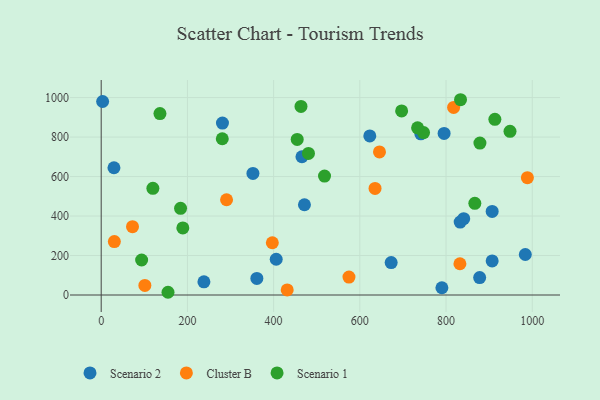
{"axis": {"x": "Experience", "y": "Fuel Efficiency"}, "legend": ["Cluster B", "Scenario 1", "Scenario 2"], "data": [{"x": "406.0", "y": 181.2, "type": "Scenario 2"}, {"x": "471.5", "y": 457.1, "type": "Scenario 2"}, {"x": "29.6", "y": 644.7, "type": "Scenario 2"}, {"x": "623.1", "y": 805.7, "type": "Scenario 2"}, {"x": "238.3", "y": 66.9, "type": "Scenario 2"}, {"x": "281.3", "y": 870.8, "type": "Scenario 2"}, {"x": "907.0", "y": 172.4, "type": "Scenario 2"}, {"x": "3.3", "y": 980.3, "type": "Scenario 2"}, {"x": "983.9", "y": 205.2, "type": "Scenario 2"}, {"x": "361.1", "y": 84.1, "type": "Scenario 2"}, {"x": "465.7", "y": 700.4, "type": "Scenario 2"}, {"x": "741.5", "y": 816.4, "type": "Scenario 2"}, {"x": "841.0", "y": 386.7, "type": "Scenario 2"}, {"x": "907.0", "y": 423.6, "type": "Scenario 2"}, {"x": "832.8", "y": 369.5, "type": "Scenario 2"}, {"x": "352.0", "y": 616.0, "type": "Scenario 2"}, {"x": "878.0", "y": 88.2, "type": "Scenario 2"}, {"x": "790.4", "y": 36.7, "type": "Scenario 2"}, {"x": "795.5", "y": 818.7, "type": "Scenario 2"}, {"x": "672.7", "y": 164.5, "type": "Scenario 2"}, {"x": "635.3", "y": 540.0, "type": "Cluster B"}, {"x": "988.7", "y": 594.1, "type": "Cluster B"}, {"x": "397.0", "y": 264.7, "type": "Cluster B"}, {"x": "101.3", "y": 48.3, "type": "Cluster B"}, {"x": "30.5", "y": 270.8, "type": "Cluster B"}, {"x": "431.5", "y": 25.8, "type": "Cluster B"}, {"x": "290.8", "y": 482.4, "type": "Cluster B"}, {"x": "645.6", "y": 725.0, "type": "Cluster B"}, {"x": "817.6", "y": 950.3, "type": "Cluster B"}, {"x": "72.6", "y": 345.9, "type": "Cluster B"}, {"x": "832.2", "y": 158.3, "type": "Cluster B"}, {"x": "574.8", "y": 90.8, "type": "Cluster B"}, {"x": "697.0", "y": 932.6, "type": "Scenario 1"}, {"x": "119.9", "y": 540.5, "type": "Scenario 1"}, {"x": "189.4", "y": 339.8, "type": "Scenario 1"}, {"x": "913.3", "y": 889.9, "type": "Scenario 1"}, {"x": "833.6", "y": 989.2, "type": "Scenario 1"}, {"x": "155.0", "y": 13.8, "type": "Scenario 1"}, {"x": "866.8", "y": 464.6, "type": "Scenario 1"}, {"x": "93.8", "y": 177.4, "type": "Scenario 1"}, {"x": "463.5", "y": 955.1, "type": "Scenario 1"}, {"x": "184.1", "y": 439.0, "type": "Scenario 1"}, {"x": "747.8", "y": 822.7, "type": "Scenario 1"}, {"x": "280.9", "y": 791.6, "type": "Scenario 1"}, {"x": "878.6", "y": 769.8, "type": "Scenario 1"}, {"x": "948.4", "y": 829.0, "type": "Scenario 1"}, {"x": "518.1", "y": 602.3, "type": "Scenario 1"}, {"x": "480.8", "y": 717.0, "type": "Scenario 1"}, {"x": "454.7", "y": 788.3, "type": "Scenario 1"}, {"x": "136.3", "y": 919.0, "type": "Scenario 1"}, {"x": "734.0", "y": 846.8, "type": "Scenario 1"}]}